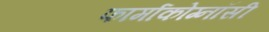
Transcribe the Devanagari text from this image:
फार्माकोग्नॉसी